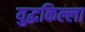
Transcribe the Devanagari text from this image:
युद्धकिल्ला